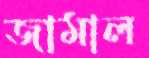
জামাল